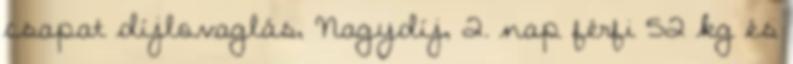
csapat díjlovaglás, Nagydíj, 2. nap férfi 52 kg és